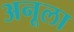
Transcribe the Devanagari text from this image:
अनूला